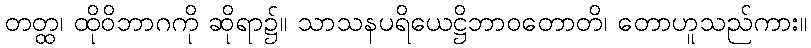
တတ္ထ၊ ထိုဝိဘာဂကို ဆိုရာ၌။ သာသနပရိယေဋ္ဌိဘာဝတောတိ၊ တောဟူသည်ကား။